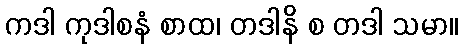
ကဒါ ကုဒါစနံ စာထ၊ တဒါနိ စ တဒါ သမာ။